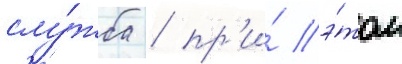
слу́жба / пр'и́ э́том